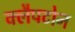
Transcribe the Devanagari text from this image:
क्लैपटोन